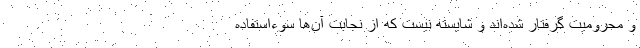
و محرومیت گرفتار شده‌اند و شایسته نیست که از نجابت آن‌ها سوءاستفاده